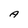
Character: A